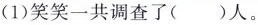
(1)笑笑一共调查了( )人。